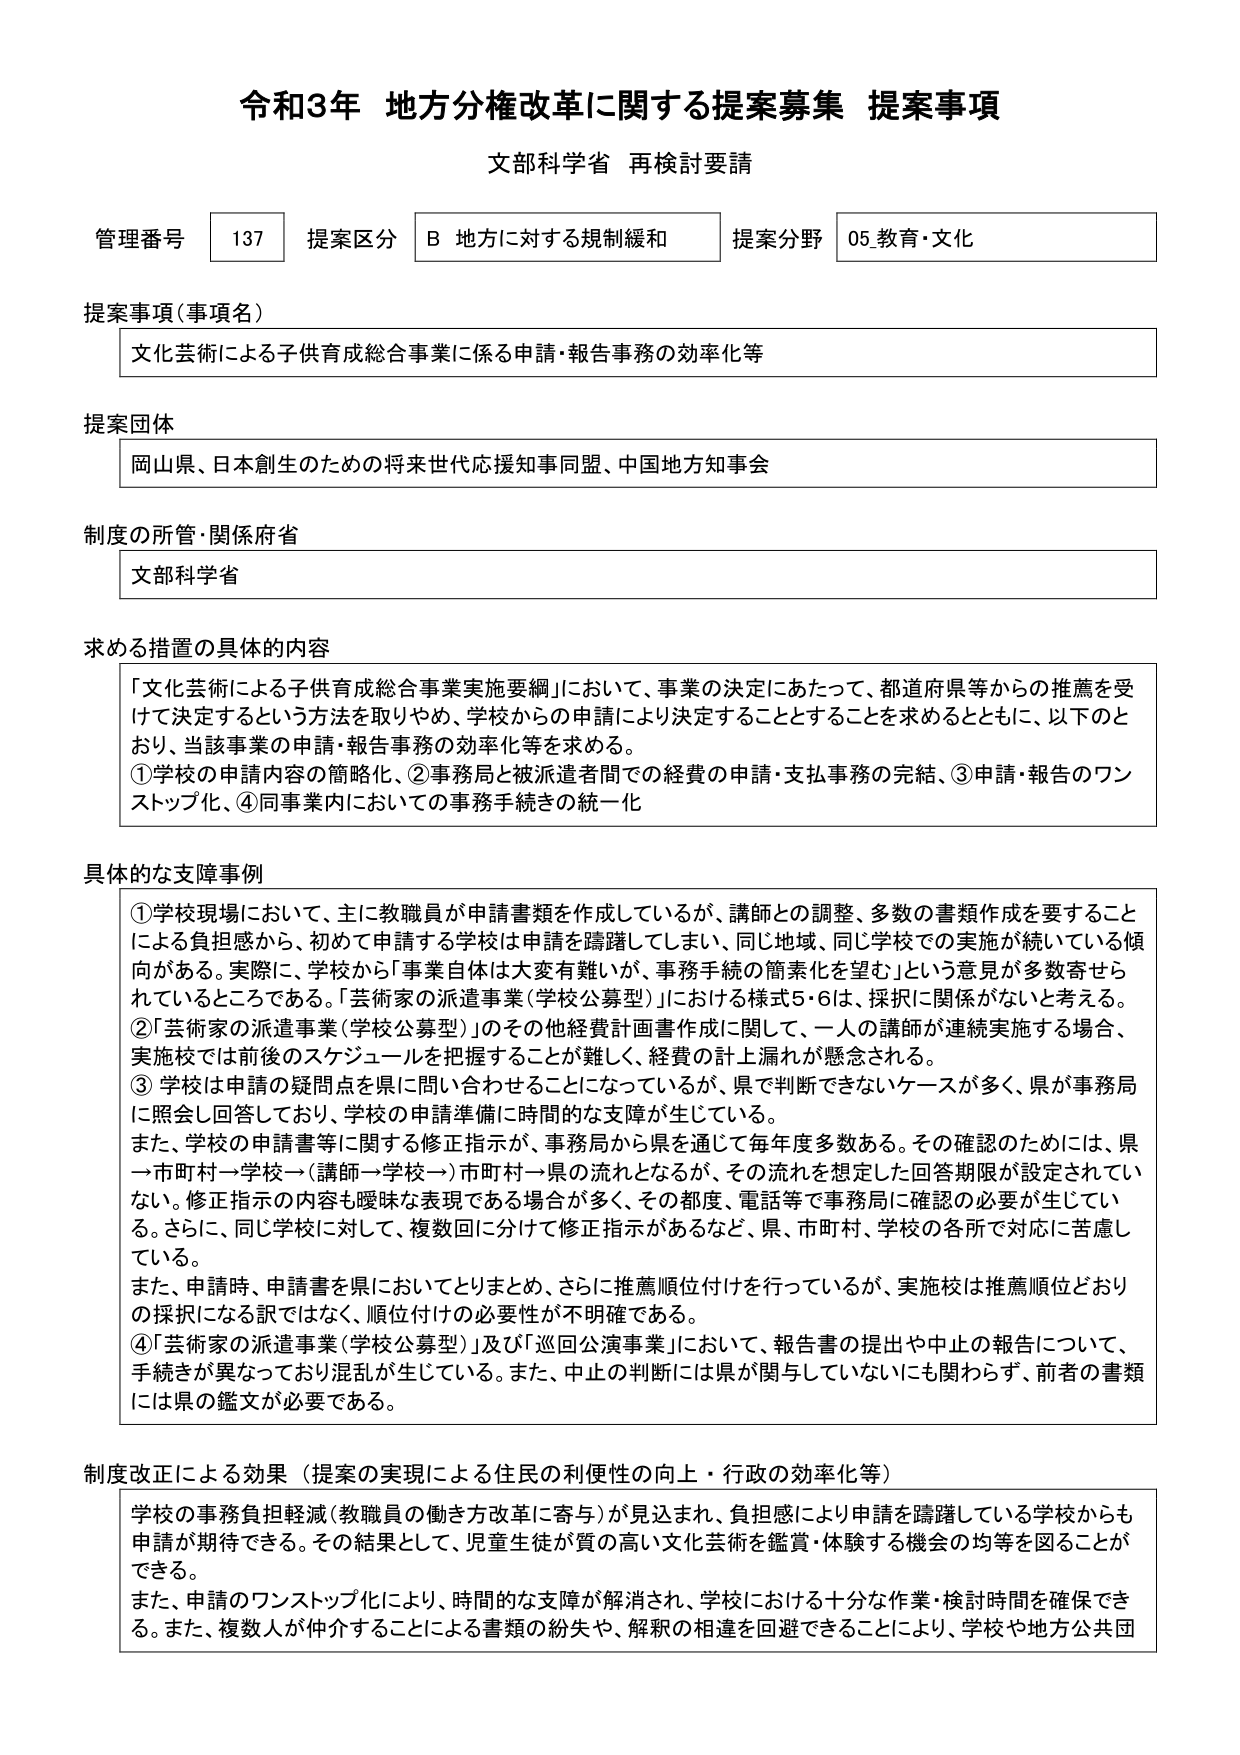
令和3年 地方分権改革に関する提案募集 提案事項
文部科学省 再検討要請

管理番号 137 提案区分 B 地方に対する規制緩和 提案分野 05.教育・文化

提案事項（事項名）
文化芸術による子供育成総合事業に係る申請・報告事務の効率化等

提案団体
岡山県、日本創生のための将来世代応援知事同盟、中国地方知事会

制度の所管・関係府省
文部科学省

求める措置の具体的内容
「文化芸術による子供育成総合事業実施要綱」において、事業の決定にあたって、都道府県等からの推薦を受けて決定するという方法を取りやめ、学校からの申請により決定することとすることを求めるとともに、以下のとおり、当該事業の申請・報告事務の効率化等を求める。
①学校の申請内容の簡略化、②事務局と被派遣者間での経費の申請・支払事務の完結、③申請・報告のワンストップ化、④同事業内においての事務手続きの統一化

具体的な支障事例
①学校現場において、主に教職員が申請書類を作成しているが、講師との調整、多数の書類作成を要することによる負担感から、初めて申請する学校は申請を躊躇してしまい、同じ地域、同じ学校での実施が続いている傾向がある。実際に、学校から「事業自体は大変有難いが、事務手続の簡素化を望む」という意見が多数寄せられているところである。「芸術家の派遣事業（学校公募型）」における様式5・6は、採択に関係がないと考える。
②「芸術家の派遣事業（学校公募型）」のその他経費計画書作成に関して、一人の講師が連続実施する場合、実施校では前後のスケジュールを把握することが難しく、経費の計上漏れが懸念される。
③学校は申請の疑問点を県に問い合わせることになっているが、県で判断できないケースが多く、県が事務局に照会し回答してくる。学校の申請準備に時間的な支障が生じている。
また、学校の申請書等に関する修正指示が、事務局から県を通じて毎年度多数ある。その確認のためには、県→市町村→学校→（講師→学校→）市町村→県の流れとなるが、その流れを想定した回答期限が設定されていない。修正指示の内容も曖昧な表現である場合が多く、その都度、電話等で事務局に確認の必要が生じている。さらに、同じ学校に対して、複数回に分けて修正指示があるなど、県、市町村、学校の各所で対応に苦慮している。
また、申請時、申請書を県においてとりまとめ、さらに推薦順位付けを行っているが、実施校は推薦順位どおりの採択になる訳ではなく、順位付けの必要性が不明確である。
④「芸術家の派遣事業（学校公募型）」及び「巡回公演事業」において、報告書の提出や中止の報告について、手続きが異なっており混乱が生じている。また、中止の判断には県が関与していないにも関わらず、前者の書類には県の鑑文が必要である。

制度改正による効果（提案の実現による住民の利便性の向上・行政の効率化等）
学校の事務負担軽減（教職員の働き方改革に寄与）が見込まれ、負担感により申請を躊躇している学校からも申請が期待できる。その結果として、児童生徒が質の高い文化芸術を鑑賞・体験する機会の均等を図ることができる。
また、申請のワンストップ化により、時間的な支障が解消され、学校における十分な作業・検討時間を確保できる。また、複数人が仲介することによる書類の紛失や、解釈の相違を回避できることにより、学校や地方公共団